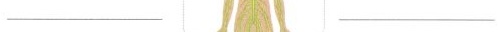
___ ___